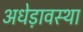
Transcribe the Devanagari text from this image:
अधेड़ावस्था